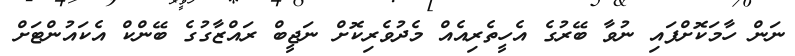
ނަން ހާމަކޮށްފައި ނުވާ ބޭރުގެ އެހީތެރިއެއް މެދުވެރިކޮށް ނަޖީބް ރައްޒާގުގެ ބޭންކް އެކައުންޓަށް